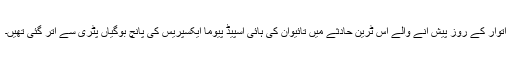
اتوار کے روز پیش آنے والے اس ٹرین حادثے میں تائیوان کی ہائی اسپیڈ پیوما ایکسپریس کی پانچ بوگیاں پٹری سے اتر گئی تھیں۔